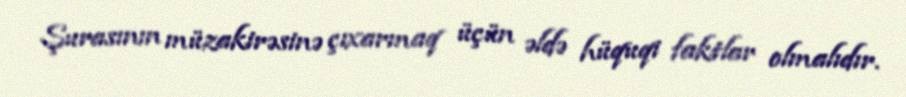
Şurasının müzakirəsinə çıxarmaq üçün əldə hüquqi faktlar olmalıdır.